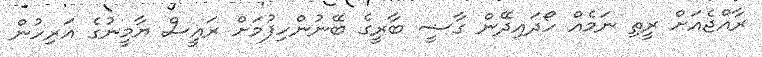
ރާއްޖެއަށް ރީތި ނަމެއް ހޯދައިދޭން ގާޟީ ބާރީގެ ބޭނުންހިފުމަށް ރައީސް ޔާމީނުގެ އަރިހުން